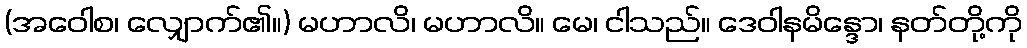
(အဝေါစ၊ လျှောက်၏။) မဟာလိ၊ မဟာလိ။ မေ၊ ငါသည်။ ဒေဝါနမိန္ဒော၊ နတ်တို့ကို